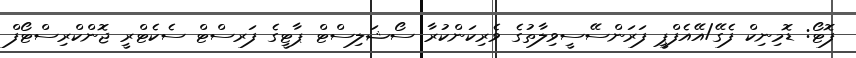
ފޮޓޯ: ޑޮމިނިކް ފެގޭ/އޭއެފްޕީ ފަރަންސޭސީވިލާތުގެ ވެރިކަންކުރާ ސޯޝަލިސްޓް ޕާޓީގެ ފަރސްޓް ސެކެޓްރީ ޖޮންކްރިސްޓޯފް